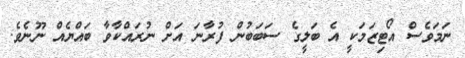
ނަމަވެސް އޯޓިޒަމަކީ އެ ބަލީގެ ސަބަބުން ފުރާނަ އަށް ނުރައްކާވާ ބައްޔެއް ނޫނެވެ.